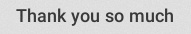
Thank you so much